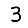
Digit: 3